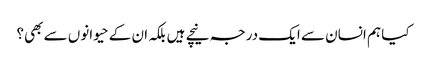
کیا ہم انسان سے ایک درجہ نیچے ہیں بلکہ ان کے حیوانوں سے بھی؟